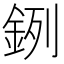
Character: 𨦙